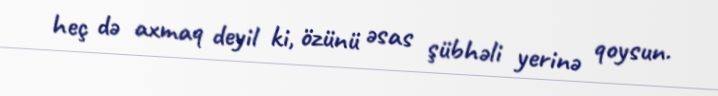
heç də axmaq deyil ki, özünü əsas şübhəli yerinə qoysun.